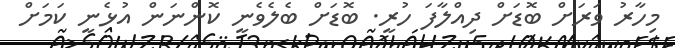
މިހާރު ވަރަށް ބޮޑަށް ދިއްލާފަ ހުރީ. ބޮޑަށް ބެލެވެނީ ކޮންނަން އުޅެނީ ކަމަށް